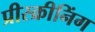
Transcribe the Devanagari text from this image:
प्रीस्क्रीनिंग